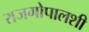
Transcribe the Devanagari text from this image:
राजगोपालशी